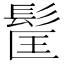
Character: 𩬹